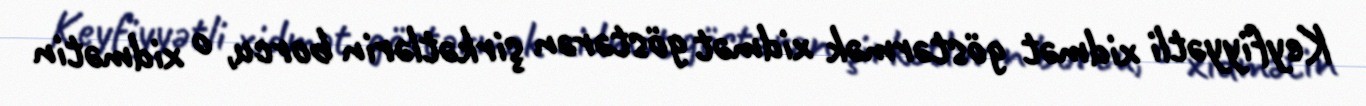
Keyfiyyətli xidmət göstərmək xidmət göstərən şirkətlərin borcu, o xidmətin